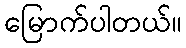
မြောက်ပါတယ်။